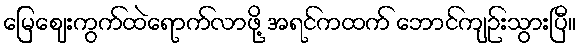
မြေဈေးကွက်ထဲရောက်လာဖို့ အရင်ကထက် ဘောင်ကျဉ်းသွားပြီ။